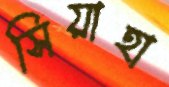
সিয়াহা